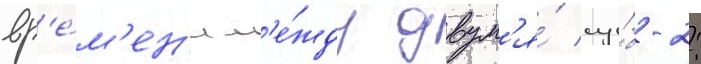
вр'е́м'ен'и м'е́жду двум'я́ су́б-2: